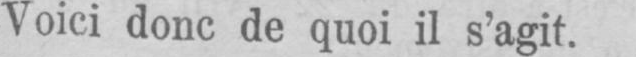
Voici donc de quoi il s’agit.